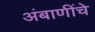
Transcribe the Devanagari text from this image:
अंबाणींचे